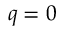
q = 0